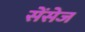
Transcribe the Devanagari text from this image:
सेंसेज